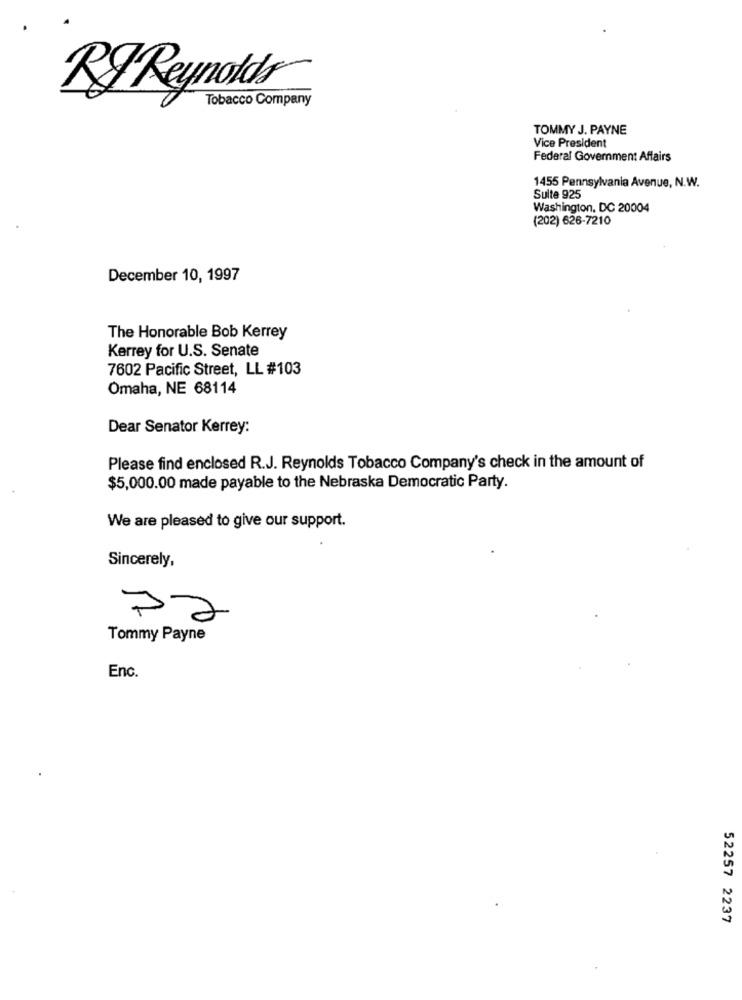
RJ Reynolds
Tobacco Company
TOMMY J. PAYNE
Vice President
Federal Government Affairs
1455 Pennsylvania Avenue, N.W.
Suite 925
Washington, DC 20004
(202) 626-7210
December 10, 1997
The Honorable Bob Kerrey
Kerrey for U.S. Senate
7602 Pacific Street, LL #103
Omaha, NE 68114
Dear Senator Kerrey:
Please find enclosed R.J. Reynolds Tobacco Company's check in the amount of
$5,000.00 made payable to the Nebraska Democratic Party.
We are pleased to give our support.
Sincerely,
72
Tommy Payne
Enc.
52257 2237